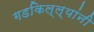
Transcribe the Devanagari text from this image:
गडकिल्ल्यांनी